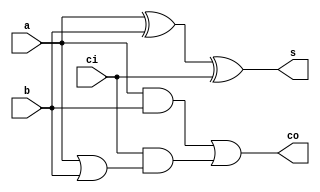
`timescale 1 ns/1 ns

module full_adder (
	input a ,
	input b ,
	input ci ,
	output s ,
	output co
);
	
	assign s = a ^ b ^ ci;
	assign co = (a & b) | (ci & (a | b));
	
endmodule